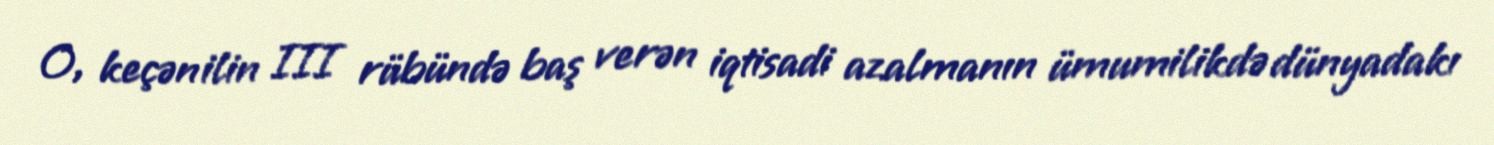
O, keçən ilin III rübündə baş verən iqtisadi azalmanın ümumilikdə dünyadakı